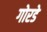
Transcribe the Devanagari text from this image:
गोरडे